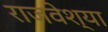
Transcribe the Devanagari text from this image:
राजवेश्या